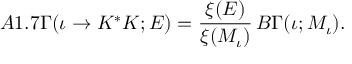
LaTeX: A 1 . 7 \Gamma ( \iota \rightarrow K ^ { * } K ; E ) = \frac { \xi ( E ) } { \xi ( M _ { \iota } ) } \, B \Gamma ( \iota ; M _ { \iota } ) .